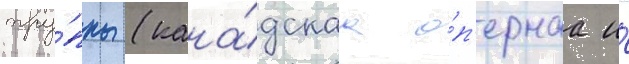
тру́ппы (кана́дскаа о́п'ернаа и́